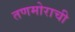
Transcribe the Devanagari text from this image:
तणमोराची